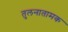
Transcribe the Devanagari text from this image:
तुलनातामक